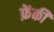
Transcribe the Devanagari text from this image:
फ़ेंकी